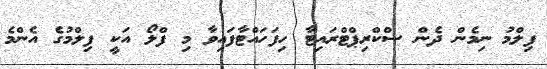
ފިލްމު ނިމެން ދެން ސްކްރިޕްޓްރައިޓާ ހިފަހައްޓާފައިވާ މި ފްލޯ އަކީ ފިލްމުގެ އެންމެ